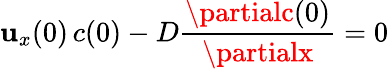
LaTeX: \mathbf{u}_{x}(0)\, c(0)-D{\frac{{\partialc(0)}}{{\partialx}}}=0